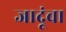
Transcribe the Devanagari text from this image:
जादूंचा